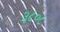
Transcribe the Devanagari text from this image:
३८०८